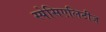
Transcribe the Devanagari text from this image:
स्पेसिएलिटीज